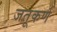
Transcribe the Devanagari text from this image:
जतूकर्ण